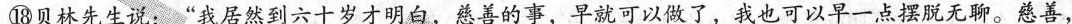
⑱贝林先生说：“我居然到六十岁才明白，慈善的事，早就可以做了，我也可以早一点摆脱无聊。慈善，